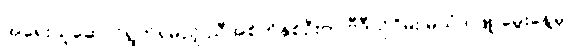
အရေးယူဆောင်ရွက်ရမည့် ညီအစ်ကိုနှစ်ဦးက ဗီဒီယိုဂိမ်း မသံဒါဖြူ မွေးနေ့မှ